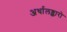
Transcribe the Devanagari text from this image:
अर्थालङ्कारो